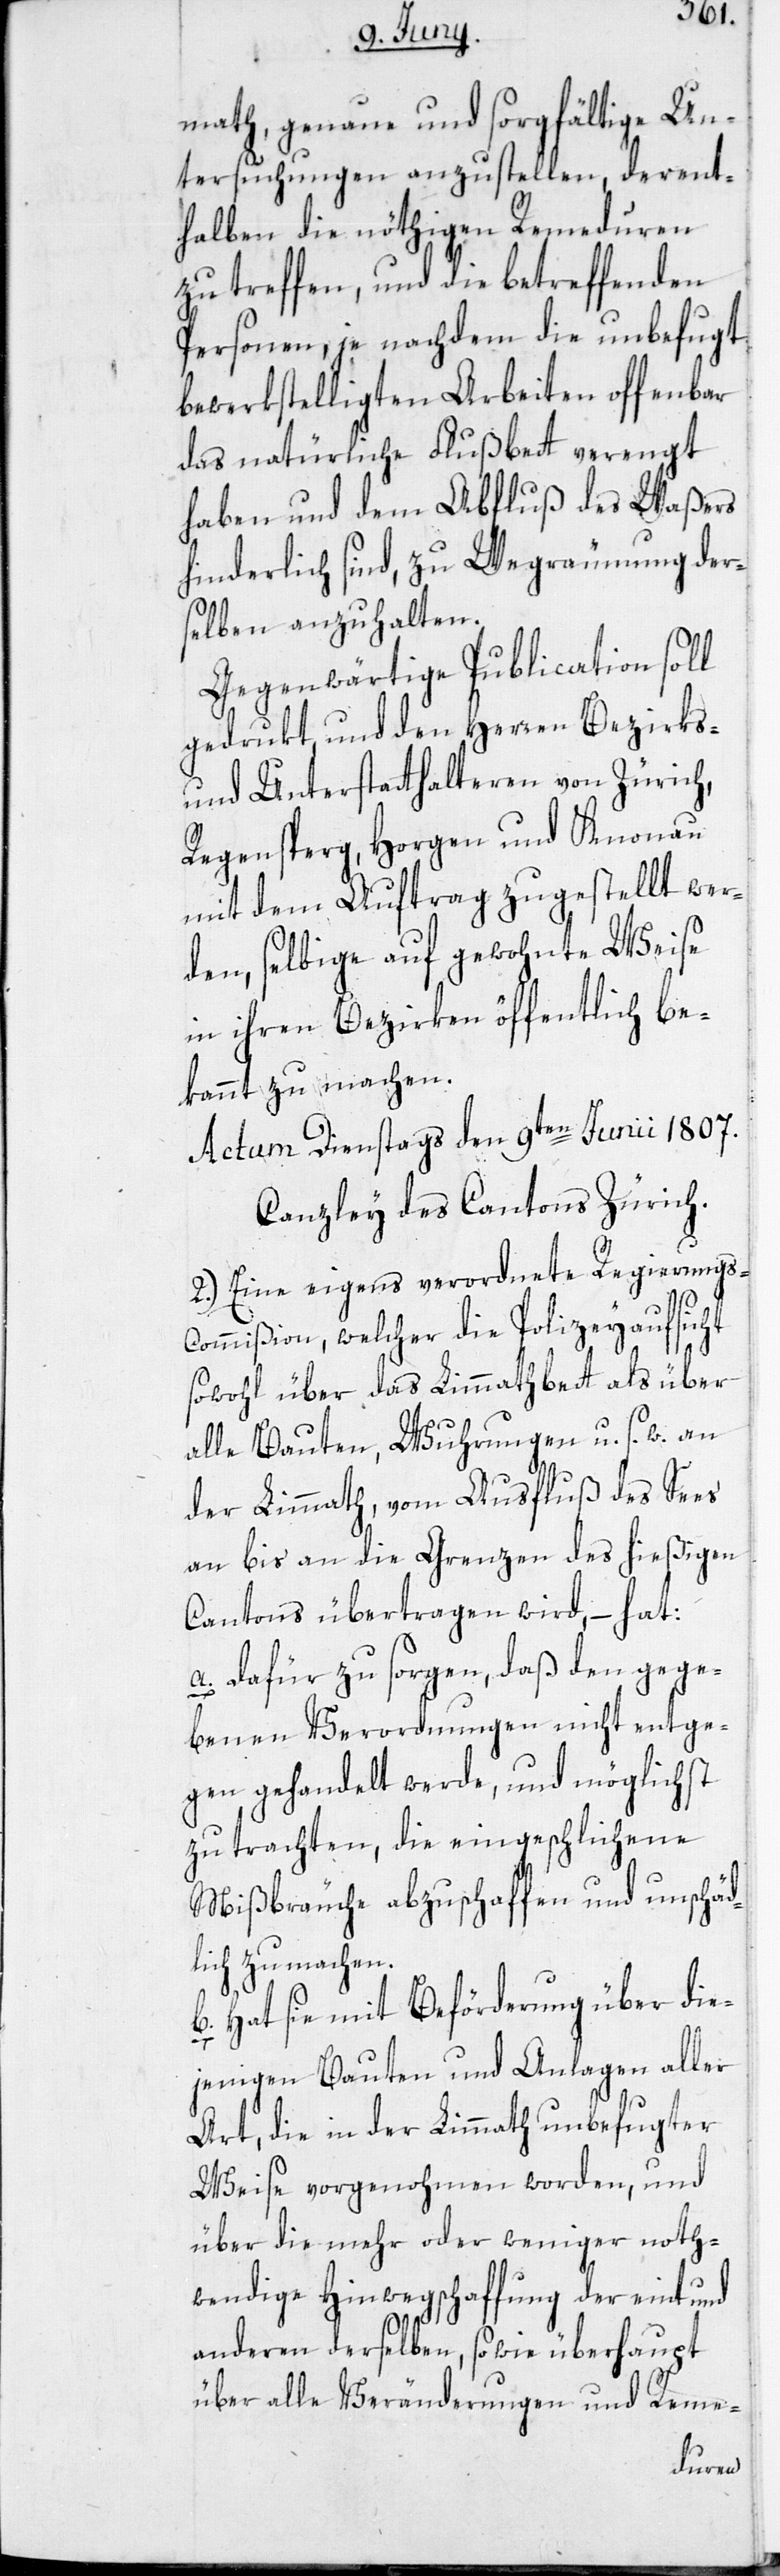
math, genaue und sorgfältige Un¬
tersuchungen anzustellen, derent¬
halben die nöthigen Remeduren
zu treffen, und die betreffenden
Personen, je nachdem die unbefugt
bewerkstelligten Arbeiten offenbar
das natürliche Flußbett verengt
haben und dem Abfluß des Waßers
hinderlich sind, zu Wegräumung der¬
selben anzuhalten.
Gegenwärtige Publication soll
gedrukt und den Herren Bezirks-
und Unterstatthalteren von Zürich,
Regensberg, Horgen und Knonau
mit dem Auftrag zugestellt wer¬
den, selbige auf gewohnte Weise
in ihren Bezirken öffentlich be¬
kannt zu machen.
Actum Dienstags den 9ten Junii 1807.
Canzley des Cantons Zürich.
2.) Eine eigens verordnete Regierungs¬
commißion, welcher die Polizeyaufsicht
sowohl über das Limmathbett als über
alle Bauten, Wuhrungen u. s. w. an
der Limmath, vom Ausfluß des Sees
an bis an die Grenzen des hießigen
Cantons übertragen wird, – hat:
a. Dafür zu sorgen, daß den gege¬
benen Verordnungen nicht entge¬
gen gehandelt werde, und möglichst
zu trachten, die eingeschlichenen
Mißbräuche abzuschaffen und unschäd¬
lich zu machen.
b. Hat sie mit Beförderung über die¬
jenigen Bauten und Anlagen aller
Art, die in der Limmath unbefugter
Weise vorgenohmen worden, und
über die mehr oder weniger noth¬
wendige Hinwegschaffung der eint und
anderen derselben, sowie überhaupt
über alle Veränderungen und Reme-